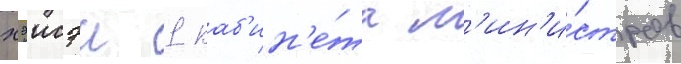
хэисэи 1 каб'ин'е́та м'ин'и́стров